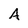
Character: A